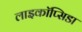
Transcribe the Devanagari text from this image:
लाइकॉप्सिडा